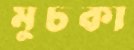
মুচকা